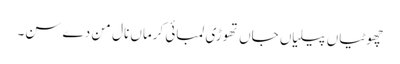
چھوٹیاں پیلیاں جاں تھوڑی لمبائی کرماں نال مِن دے سن۔